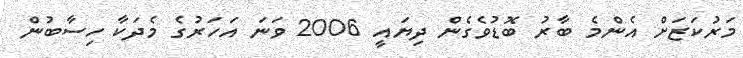
މަރުކަޒަށް އެންމެ ބާރު ބޮޑުވެގެން ދިޔައީ 2006 ވަނަ އަހަރުގެ މެދަކާ ހިސާބުން